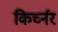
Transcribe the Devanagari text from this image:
किर्च्नर